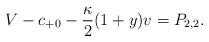
LaTeX: \begin{align*} V-c_{+0}-\frac{\kappa}{2}(1+y)v=P_{2,2}.\end{align*}